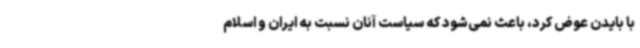
با بایدن عوض کرد، باعث نمی‌شود که سیاست آنان نسبت به ایران و اسلام